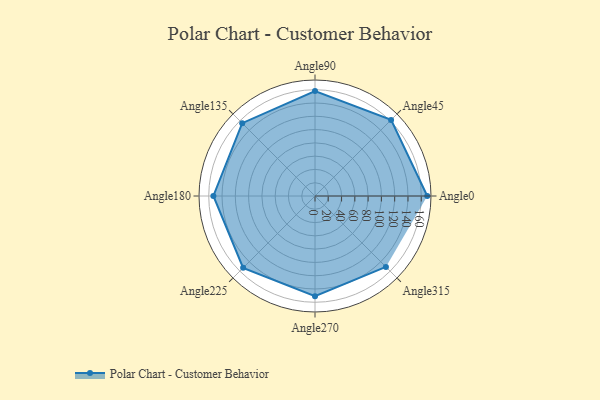
{"axis": {"x": "Angle", "y": "Radius"}, "legend": [""], "data": [{"x": "Angle0", "y": 169.0, "type": ""}, {"x": "Angle45", "y": 162.0, "type": ""}, {"x": "Angle90", "y": 158.0, "type": ""}, {"x": "Angle135", "y": 155.0, "type": ""}, {"x": "Angle180", "y": 153.0, "type": ""}, {"x": "Angle225", "y": 153.0, "type": ""}, {"x": "Angle270", "y": 151.0, "type": ""}, {"x": "Angle315", "y": 151.0, "type": ""}]}